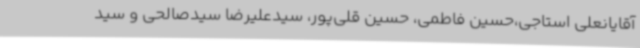
آقایانعلی استاجی،حسین فاطمی، حسین قلی‌پور، سیدعلیرضا سیدصالحی و سید